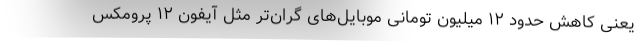
یعنی کاهش حدود ۱۲ میلیون تومانی موبایل‌های گران‌تر مثل آیفون ۱۲ پرومکس